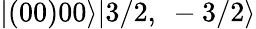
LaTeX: |(00)00\rangle|3/2,\ -3/2\rangle